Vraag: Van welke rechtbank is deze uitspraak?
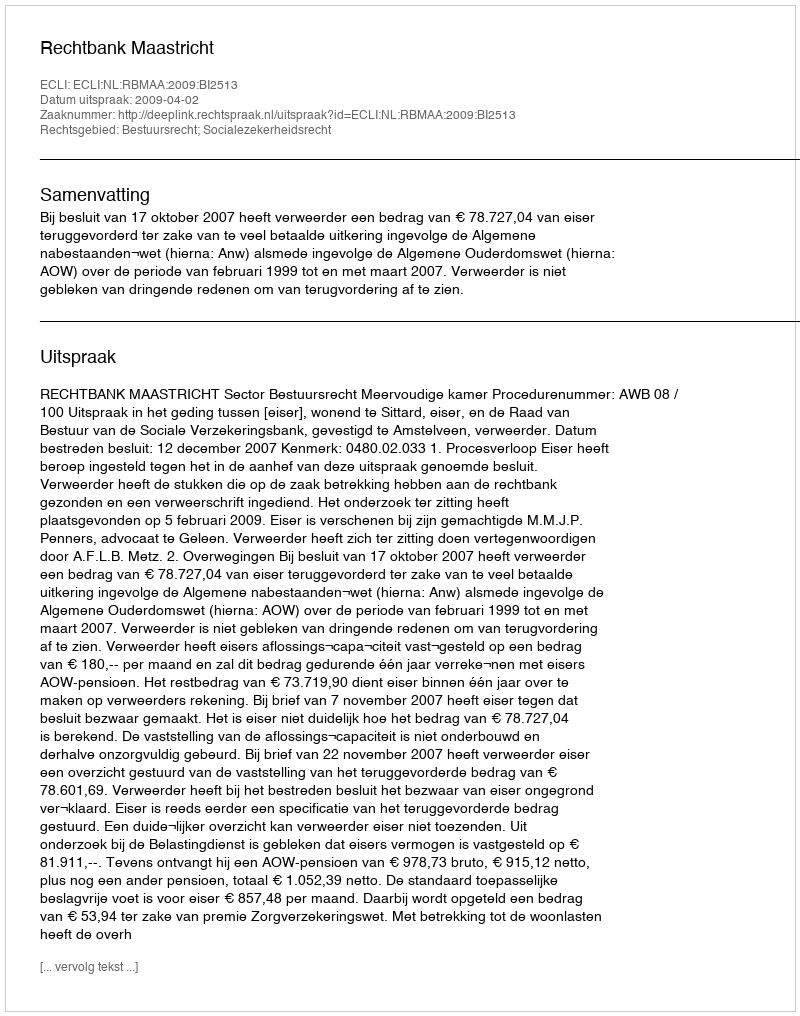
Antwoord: Rechtbank Maastricht